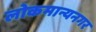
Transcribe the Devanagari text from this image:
लोकमान्यनगर